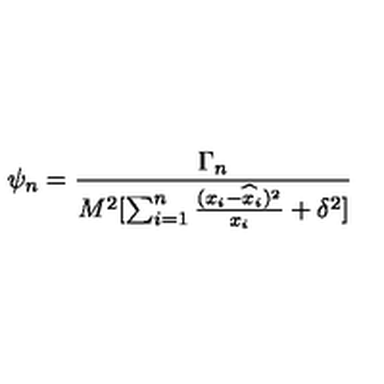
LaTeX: \psi _ { n } = { \frac { \Gamma _ { n } } { M ^ { 2 } [ \sum _ { i = 1 } ^ { n } { \frac { ( x _ { i } - { \widehat x } _ { i } ) ^ { 2 } } { x _ { i } } } + \delta ^ { 2 } ] } }